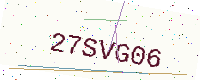
Text: 27SVG06